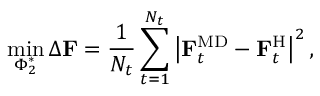
\operatorname* { m i n } _ { \Phi _ { 2 } ^ { * } } \Delta \mathbf { F } = \frac { 1 } { N _ { t } } \sum _ { t = 1 } ^ { N _ { t } } \left| \mathbf { F } _ { t } ^ { \mathrm { M D } } - \mathbf { F } _ { t } ^ { \mathrm { H } } \right| ^ { 2 } ,